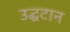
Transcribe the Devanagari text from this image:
उद्घटान